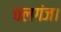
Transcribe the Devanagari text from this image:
चलगंज।